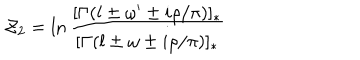
{ \cal Z } _ { 2 } = \ln \frac { [ \Gamma ( l \pm \omega ^ { \prime } \pm i \rho / \pi ) ] _ { * } } { [ \Gamma ( l \pm \omega \pm i \rho / \pi ) ] _ { * } }